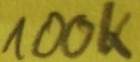
Text: 100K